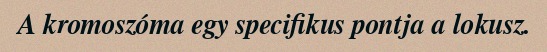
A kromoszóma egy specifikus pontja a lokusz.